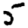
Digit: 5